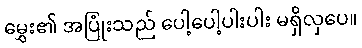
မွှေး၏ အပြုံးသည် ပေါ့ပေါ့ပါးပါး မရှိလှပေ။